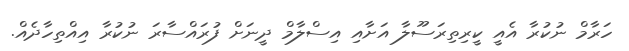
ހަރާމް ނުކުރާ އެއީ ކީރިތިރަސޫލާ އަށާއި އިސްލާމް ދީނަށް ފުރައްސާރަ ނުކުރާ އިއްތިހާދެއް.